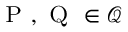
{ \textsc { P } } , { \textsc { Q } } \in { \mathcal { Q } }